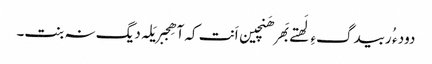
دود ء ُ ربیدگءِ لَھتے بَھر ھَنچین اَنت کہ آ ھِجبر یَلہ دیگ نہ بنت۔